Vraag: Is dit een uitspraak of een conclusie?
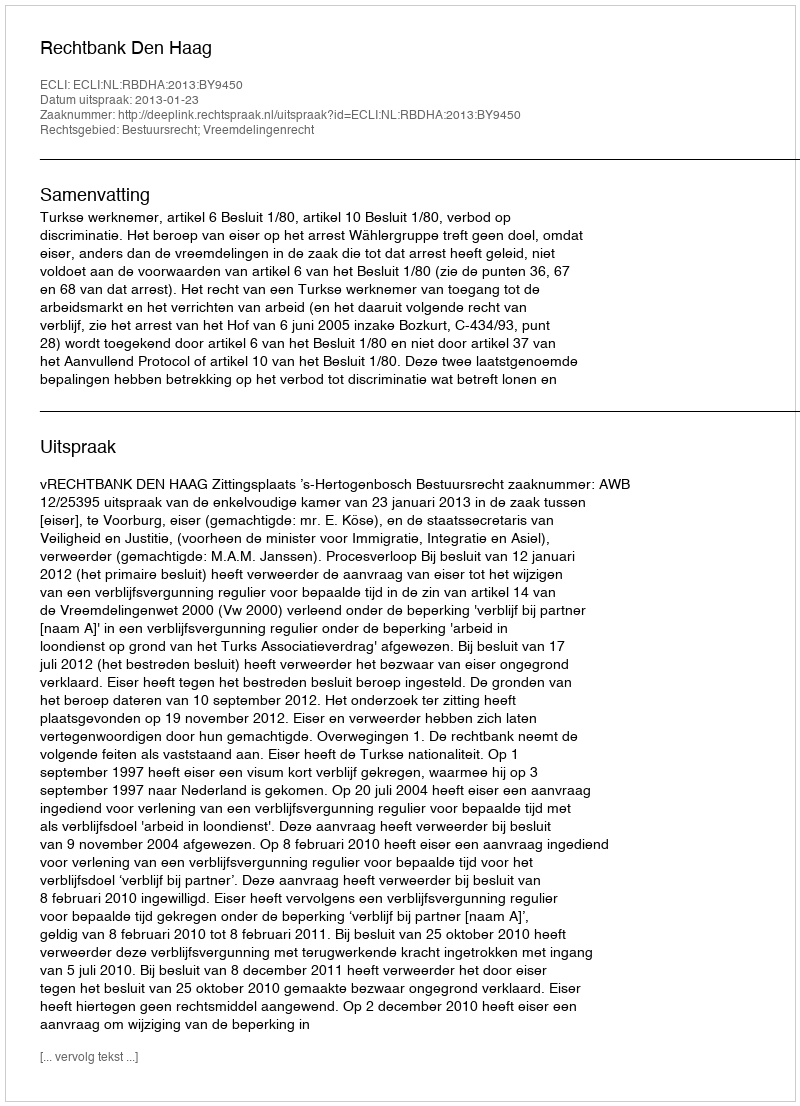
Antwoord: Uitspraak